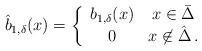
LaTeX: \begin{align*}\hat{b}_{1,\delta}(x) =\left\{\begin{array}{cc}b_{1,\delta}(x) & x \in \bar \Delta\\0 & x \not\in \hat \Delta\,.\end{array} \right.\end{align*}